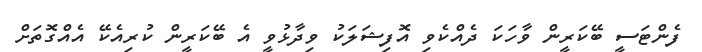
ފެންޓަސީ ބޭކަރީން ވާހަކަ ދެއްކެވި އޮފިޝަލަކު ވިދާޅުވީ އެ ބޭކަރީން ކުރިއެކޭ އެއްގޮތަށް